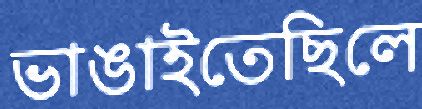
ভাঙাইতেছিলে